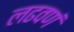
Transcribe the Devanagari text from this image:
लढवणं